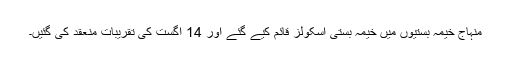
منہاج خیمہ بستیوں میں خیمہ بستی اسکولز قائم کیے گئے اور 14 اگست کی تقریبات منعقد کی گئیں۔